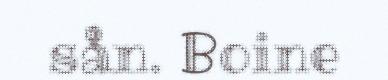
sån. Boine